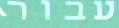
עבור